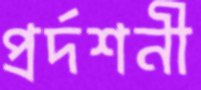
প্রর্দশনী